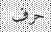
حرف